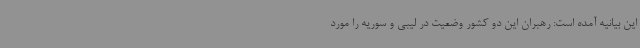
این بیانیه آمده است: رهبران این دو کشور وضعیت در لیبی و سوریه را مورد